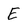
Character: E